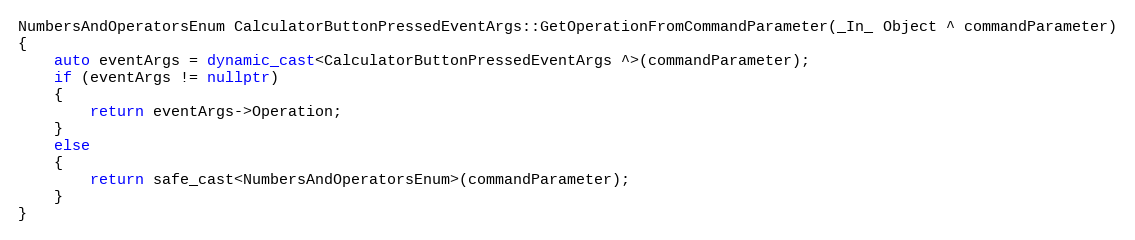
Language: C++
NumbersAndOperatorsEnum CalculatorButtonPressedEventArgs::GetOperationFromCommandParameter(_In_ Object ^ commandParameter)
{
    auto eventArgs = dynamic_cast<CalculatorButtonPressedEventArgs ^>(commandParameter);
    if (eventArgs != nullptr)
    {
        return eventArgs->Operation;
    }
    else
    {
        return safe_cast<NumbersAndOperatorsEnum>(commandParameter);
    }
}